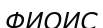
ФИОИС